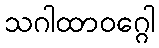
သဂါထာဝဂ္ဂေါ